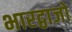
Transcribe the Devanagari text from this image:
भारद्वाजो